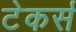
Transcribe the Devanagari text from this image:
टेकर्स